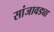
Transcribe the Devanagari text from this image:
सांजावड्या